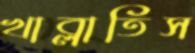
খাব্‌লাতিস